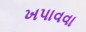
ખપાવવા